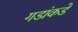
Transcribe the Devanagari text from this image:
गडांकडे